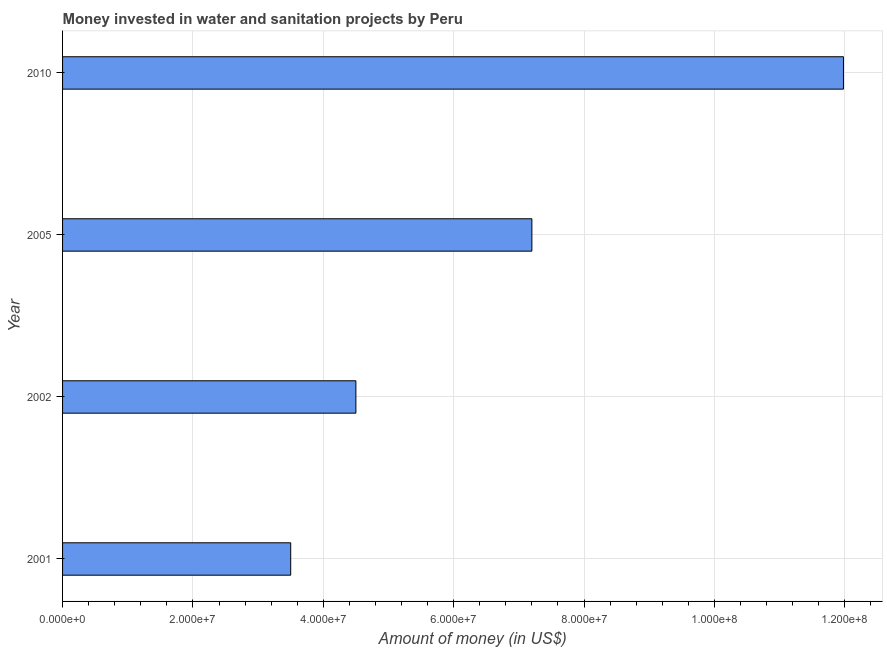
| Year | Investment |
 | --- | --- |
 | 2001 | 3.5e+07 |
 | 2002 | 4.5e+07 |
 | 2005 | 7.2e+07 |
 | 2010 | 1.2e+08 |